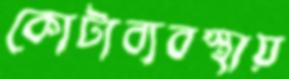
কোটাব্যবস্থায়